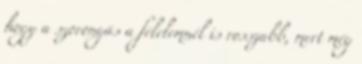
hogy a szorongás a félelemnél is rosszabb, mert még